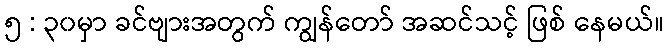
၅ : ၃၀မှာ ခင်ဗျားအတွက် ကျွန်တော် အဆင်သင့် ဖြစ် နေမယ်။